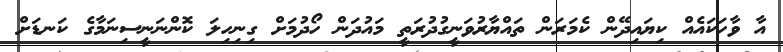
އާ ވާހަކައެއް ކިޔައިދޭން ކެމަރަން ތައްޔާރުވަނީގުދުރަތީ މައުދަން ހޯދުމަށް ގިނިހިލަ ކޮންނަނީސިނަމާގެ ކަނޑަށް